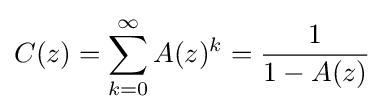
C(z)=\sum _{k=0}^{\infty }A(z)^{k}={\dfrac {1}{1-A(z)}}